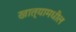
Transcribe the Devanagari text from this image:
खात्यामधील